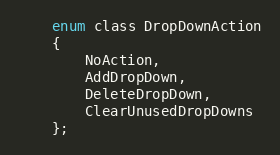
Language: C
    enum class DropDownAction
    {
        NoAction,
        AddDropDown,
        DeleteDropDown,
        ClearUnusedDropDowns
    };